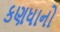
કણધાનો